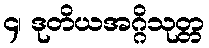
၄၊ ဒုတိယအဂ္ဂိသုတ္တ